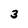
Character: 3